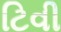
ટિવી